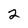
Character: 2